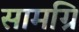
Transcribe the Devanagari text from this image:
सामग्रि